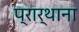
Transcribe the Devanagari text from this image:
प्रार्थाना